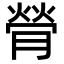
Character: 膋